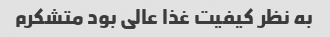
به نظر کیفیت غذا عالی بود متشکرم